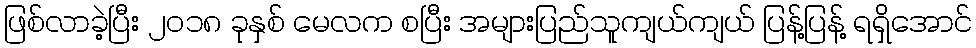
ဖြစ်လာခဲ့ပြီး ၂၀၁၈ ခုနှစ် မေလက စပြီး အများပြည်သူကျယ်ကျယ် ပြန့်ပြန့် ရရှိအောင်